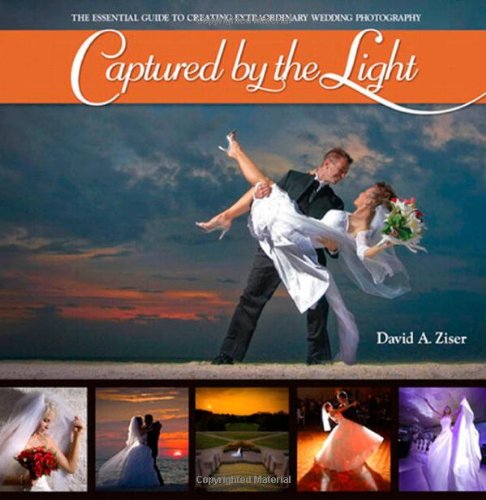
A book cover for Captured by the Light: The Essential Guide to Creating Extraordinary Wedding Photography; David Ziser; Crafts, Hobbies & Home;